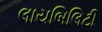
લાયબિલિટી